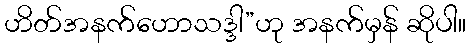
ဟိတ်အနက်ဟောသဒ္ဒါ”ဟု အနက်မှန် ဆိုပါ။